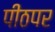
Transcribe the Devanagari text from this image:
पीठपर